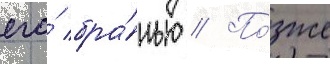
его́ бра́нью // По́зже